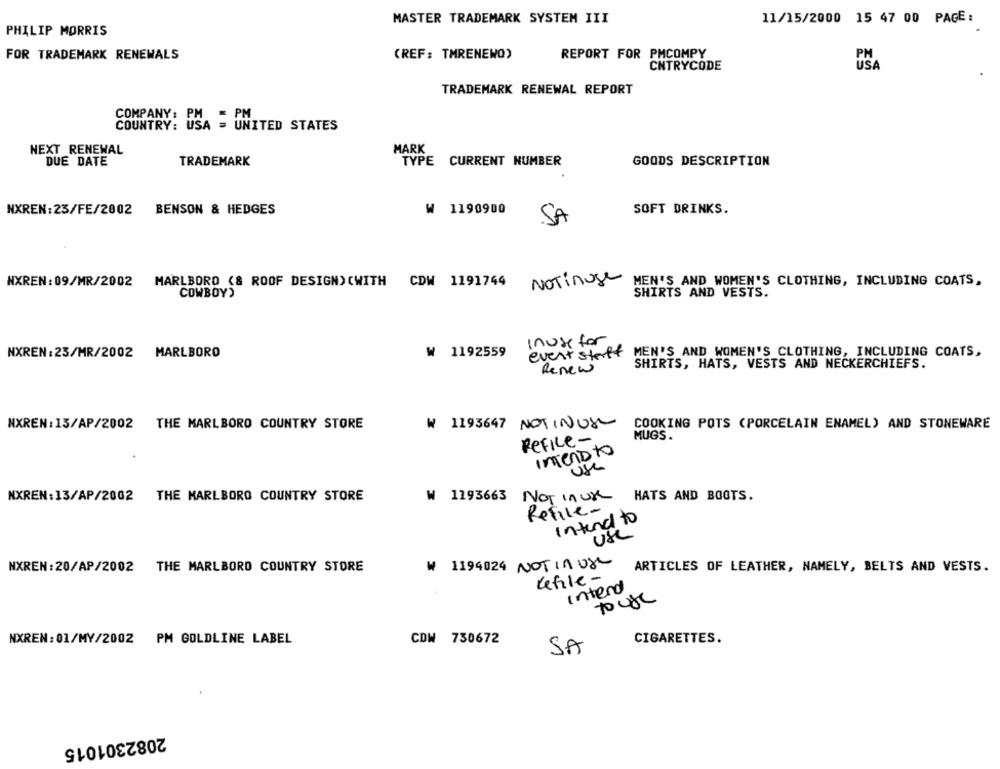
MASTER TRADEMARK SYSTEM III
11/15/2000 15 47 00 PAGE:
PHILIP MORRIS
(REF: TMRENEWO)
REPORT FOR PMCOMPY
FOR TRADEMARK RENEWALS
PM
CNTRYCODE
USA
TRADEMARK RENEWAL REPORT
COMPANY: PNA - UNITED STATES
COUNTRY:
NEXT RENEWAL
MARK
DUE DATE
TRADEMARK
TYPE CURRENT NUMBER
GOODS DESCRIPTION
NXREN:23/FE/2002 BENSON & HEDGES
₩ 1190900
SOFT DRINKS.
SA
NXREN: 09/MR/2002 MARLBORO (& ROOF DESIGN) (WITH CDW 1191744
NOTinuse
MEN'S AND WOMEN'S CLOTHING, INCLUDING COATS,
SHIRTS AND VESTS.
COWBOY)
Inuse for
NXREN: 23/MR/2002 MARLBORO
₩ 1192559
event staff
MEN'S AND WOMEN'S CLOTHING, INCLUDING COATS,
Renew
SHIRTS, HATS, VESTS AND NECKERCHIEFS.
NXREN: 13/AP/2002 THE MARLBORO COUNTRY STORE
W 1193647 NOT INUSE
COOKING POTS (PORCELAIN ENAMEL) AND STONEWARE
MUGS .
ReFILE-
INTENDto
NXREN: 13/AP/2002 THE MARLBORO COUNTRY STORE
W 1193663
NOT Inur
HATS AND BOOTS.
Refile-
Intend to
Use
NXREN:20/AP/2002
THE MARLBORO COUNTRY STORE
₩ 1194024 NOTIn UX
ARTICLES OF LEATHER, NAMELY, BELTS AND VESTS.
Refile-
Intend
pure
NXREN:01/MY/2002 PM GOLDLINE LABEL
CDW 730672
CIGARETTES.
SA
2082301015